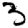
Digit: 3